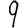
Digit: 9